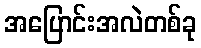
အပြောင်းအလဲတစ်ခု